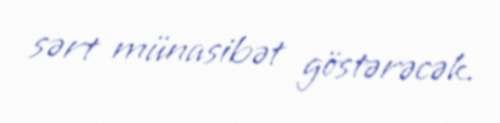
sərt münasibət göstərəcək.